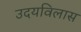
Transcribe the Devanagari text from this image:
उदयविलास